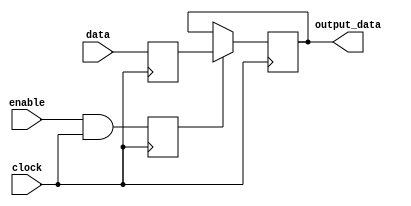
module data_enable_latch(
  input data,
  input enable,
  input clock,
  output reg output_data
);

reg d_ff;
reg and_output;

always @(posedge clock) begin
  d_ff <= data;
  and_output <= enable & clock;
  
  if(and_output) begin
    output_data <= d_ff;
  end
end

endmodule